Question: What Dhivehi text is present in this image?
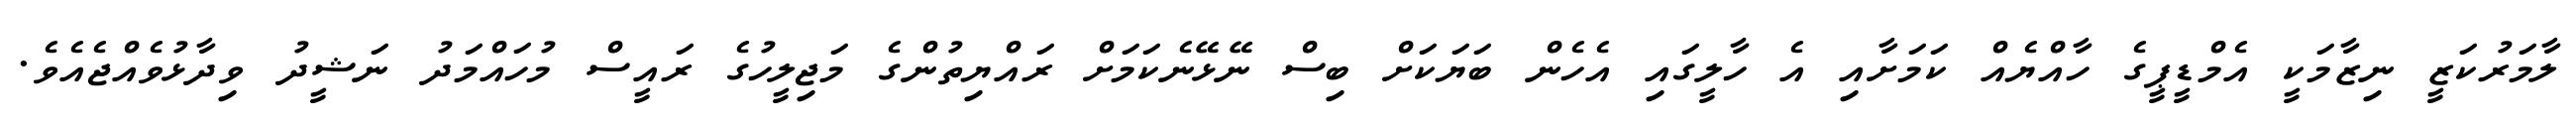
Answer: ލާމަރުކަޒީ ނިޒާމަކީ އެމްޑީޕީގެ ހާއްޔެއް ކަމަށާއި އެ ހާލީގައި އެހެން ބަޔަކަށް ބިސް ނޭޅޭނެކަމަށް ރައްޔިތުންގެ މަޖިލީހުގެ ރައީސް މުހައްމަދު ނަޝީދު ވިދާޅުވެއްޖެއެވެ.